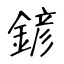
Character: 𨩱